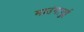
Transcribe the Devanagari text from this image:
माउंगानुई